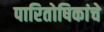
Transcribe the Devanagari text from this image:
पारितोषिकांचे